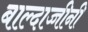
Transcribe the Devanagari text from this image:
बाल्दाच्चीनी